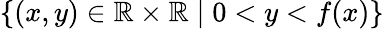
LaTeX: \{ (x,y)\in\mathbb{R}\times\mathbb{R}\mid 0<y<f(x)\}